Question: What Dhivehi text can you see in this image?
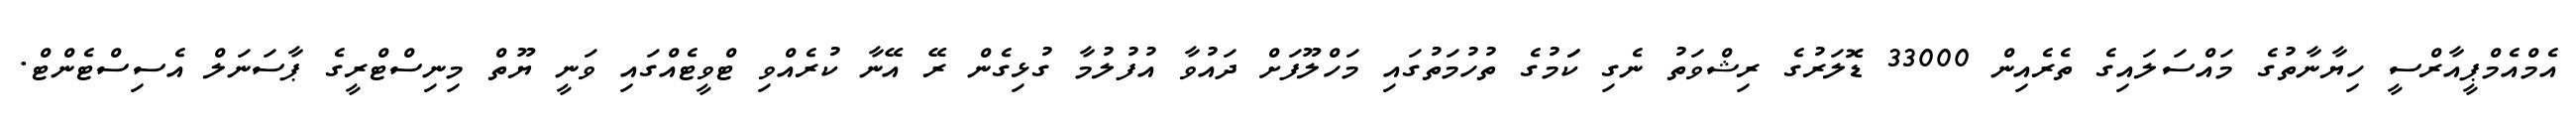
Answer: އެމްއެމްޕީއާރްސީ ހިޔާނާތުގެ މައްސަލައިގެ ތެރެއިން 33000 ޑޮލަރުގެ ރިޝްވަތު ނެގި ކަަމުގެ ތުހުމަތުގައި މަހްލޫފަށް ދައުވާ އުފުލުމާ ގުޅިގެން ރޭ އޭނާ ކުރެއްވި ޓްވީޓެއްގައި ވަނީ ޔޫތް މިނިސްޓްރީގެ ޕާސަނަލް އެސިސްޓެންޓް.